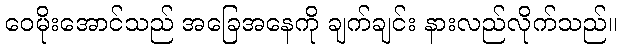
ဝေမိုးအောင်သည် အခြေအနေကို ချက်ချင်း နားလည်လိုက်သည်။